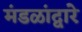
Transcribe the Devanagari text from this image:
मंडळांद्वारे